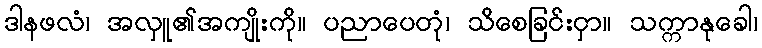
ဒါနဖလံ၊ အလှူ၏အကျိုးကို။ ပညာပေတုံ၊ သိစေခြင်းငှာ။ သက္ကာနုခေါ၊